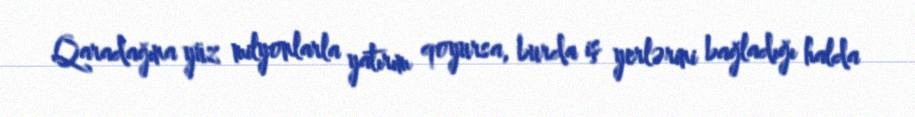
Qaradağına yüz milyonlarla yatırım qoyursa, burda iş yerlərini bağladığı halda